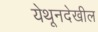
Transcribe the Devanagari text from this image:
येथूनदेखील